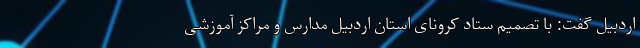
اردبیل گفت: با تصمیم ستاد کرونای استان اردبیل مدارس و مراکز آموزشی